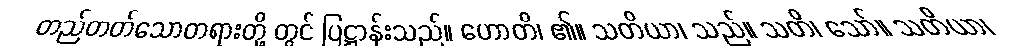
တည်တတ်သောတရားတို့ တွင် ပြဋ္ဌာန်းသည်။ ဟောတိ၊ ၏။ သတိယာ၊ သည်။ သတိ၊ သော်။ သတိယာ၊